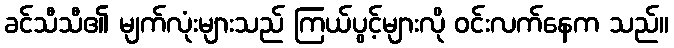
ခင်သီသီ၏ မျက်လုံးများသည် ကြယ်ပွင့်များလို ဝင်းလက်နေက သည်။